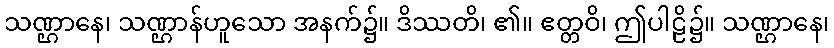
သဏ္ဌာနေ၊ သဏ္ဌာန်ဟူသော အနက်၌။ ဒိဿတိ၊ ၏။ ဧတ္တဝိ၊ ဤပါဠိ၌။ သဏ္ဌာနေ၊